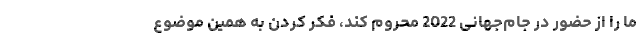
ما را از حضور در جام‌جهانی 2022 محروم کند، فکر کردن به همین موضوع